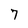
Character: 7